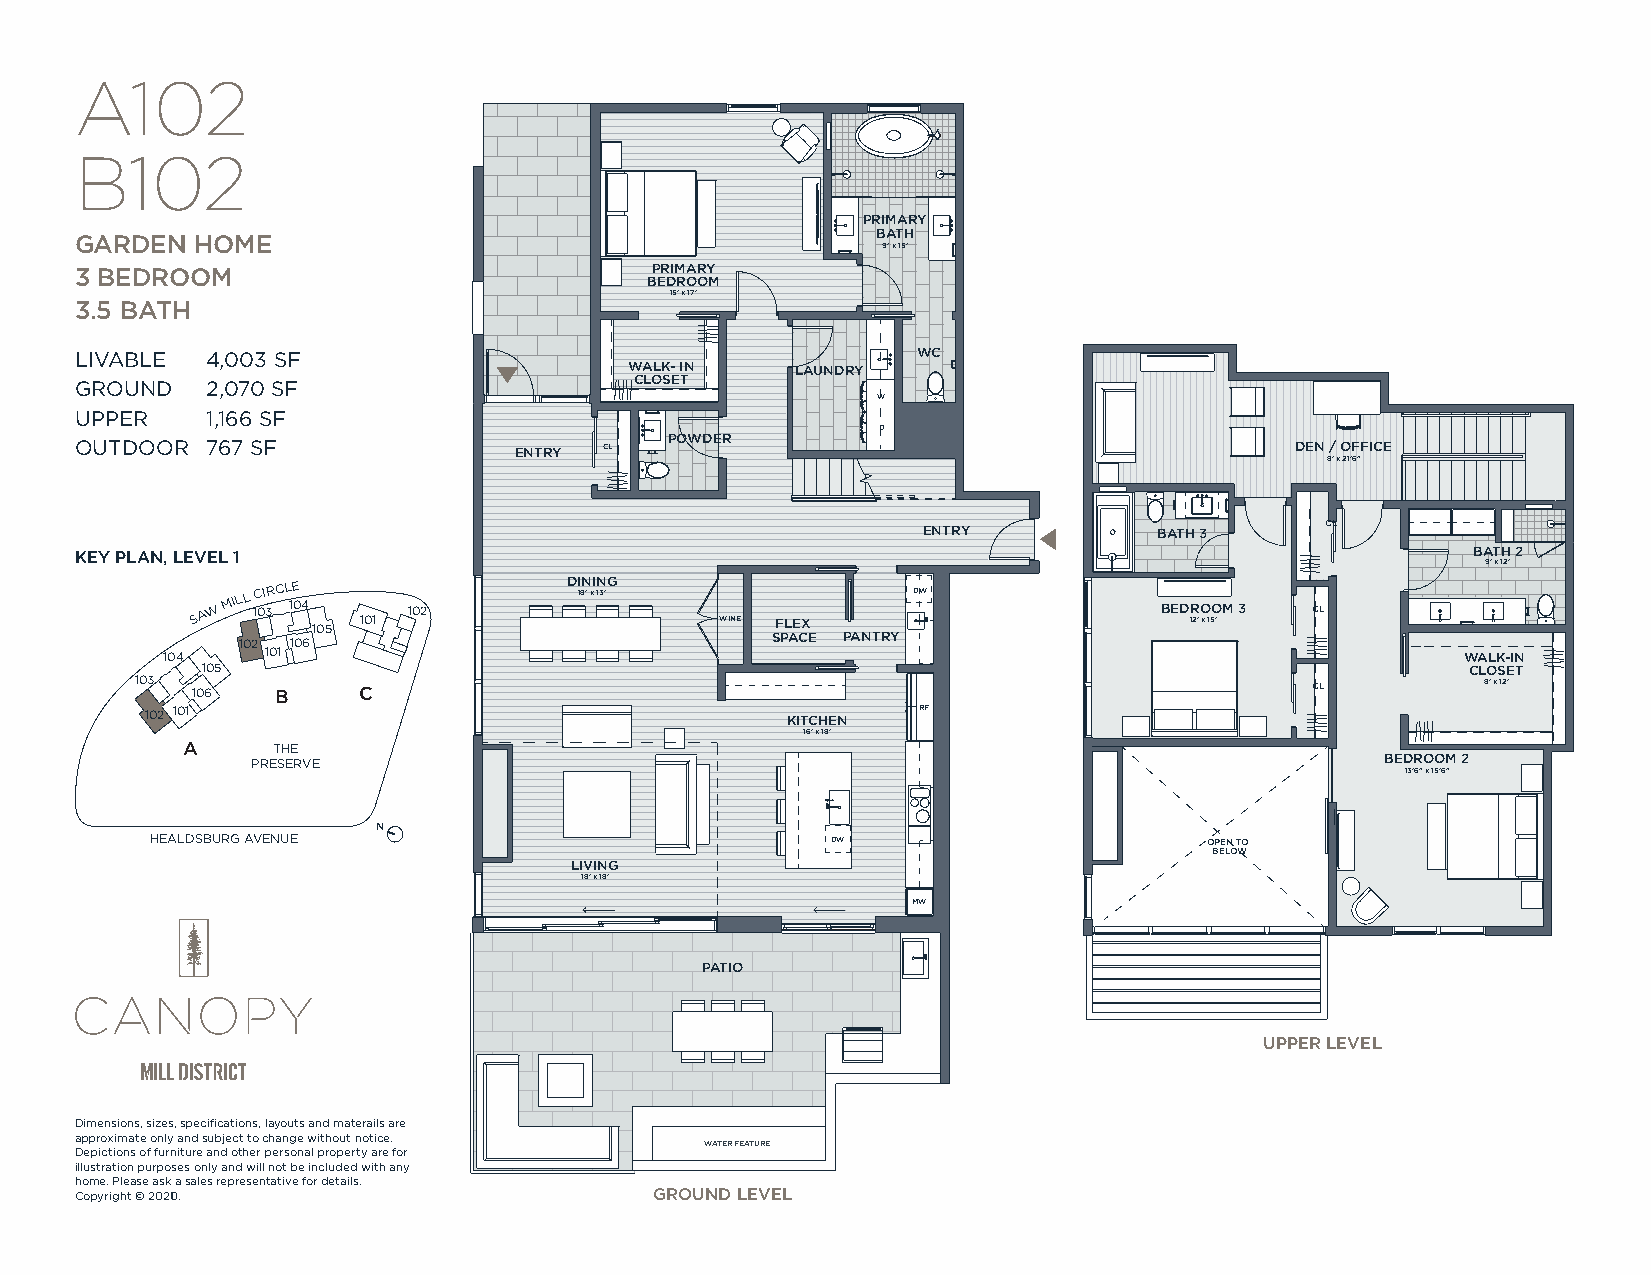
A102
 B102
 PRIMARY
 BATH
 GARDEN  HOME
 9’ x 15’
 3 BEDROOM                             PRIMARY
 BEDROOM
 15’ x 17’
 3.5 BATH
 LIVABLE  4,003 SF                                       WC
 WALK- IN   LAUNDRY
 GROUND   2,070 SF                    CLOSET
 W
 UPPER    1,166 SF
 D
 OUTDOOR  767 SF              ENTRY CL  POWDER                                    DEN / OFFICE
 8’ x 21’6”
 ENTRY           BATH 3     CL
 KEY PLAN, LEVEL 1                                                                           BATH 2
 9’ x 12’
 SAW
 MILL 1C 0I 3RCL 10E
 4
 105 101
 102
 DI 18N ’ xI N 13’G
 WINE FLEX
 DW
 BED 1R
 2’
 O
 x
 15O ’M 3 CL
 102 106                            SPACE PANTRY
 104    101                                                                            WALK-IN
 105                                                                                 CLOSET
 103 106  B     C                                                              CL         8’ x 12’
 102 101                                   KITCHEN  RF
 16’ x 18’
 A     THE
 PRESERVE                                                                   BEDROOM 2
 13’6” x 15’6”
 N
 HEALDSBURG AVENUE                            DW                       OPEN TO
 BELOW
 LIVING
 18’ x 18’
 MW
 PATIO
 UPPER LEVEL
 DDiimmeennssiioonnss,, ssiizzeess,, ssppeecciifificcaattiioonnss,, llaayyoouuttss aanndd mmaatteerraaiillss aarree
 aapppprrooxxiimmaattee oonnllyy aanndd ssuubbjjeecctt ttoo cchhaannggee wwiitthhoouutt nnoottiiccee..
 WATER FEATURE
 DDeeppiiccttiioonnss ooff ffuurrnniittuurree aanndd ootthheerr ppeerrssoonnaall pprrooppeerrttyy aarree ffoorr
 iilllluussttrraattiioonn ppuurrppoosseess oonnllyy aanndd wwiillll nnoott bbee iinncclluuddeedd wwiitthh aannyy
 hhoommee.. PPlleeaassee aasskk aa ssaalleess rreepprreesseennttaattiivvee ffoorr ddeettaaiillss..
 CCooppyyrriigghhtt ©© 22002210..      GROUND LEVEL